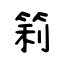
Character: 筣